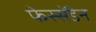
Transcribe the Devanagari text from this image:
फेस्सेंडेन